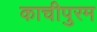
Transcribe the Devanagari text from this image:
काचीपुरम